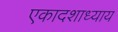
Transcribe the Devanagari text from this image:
एकादशाध्याय